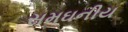
સમઘનીય